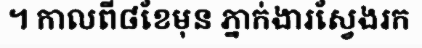
។ កាលពី៨ខែមុន ភ្នាក់ងារស្វែងរក